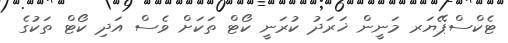
ޓެކްސްޕޭޔަރ މަނީން ޚަަރަދު ކުރަނީ ކޯޓް ތަކަށް ވެސް އަދި ކޯޓް ތަކުގެ